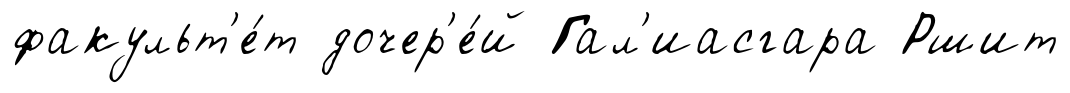
факульт'е́т дочер'е́й Гал'иасгара Ршит